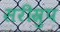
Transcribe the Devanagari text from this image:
सरीस्रुप